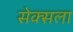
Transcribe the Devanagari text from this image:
सेक्सला